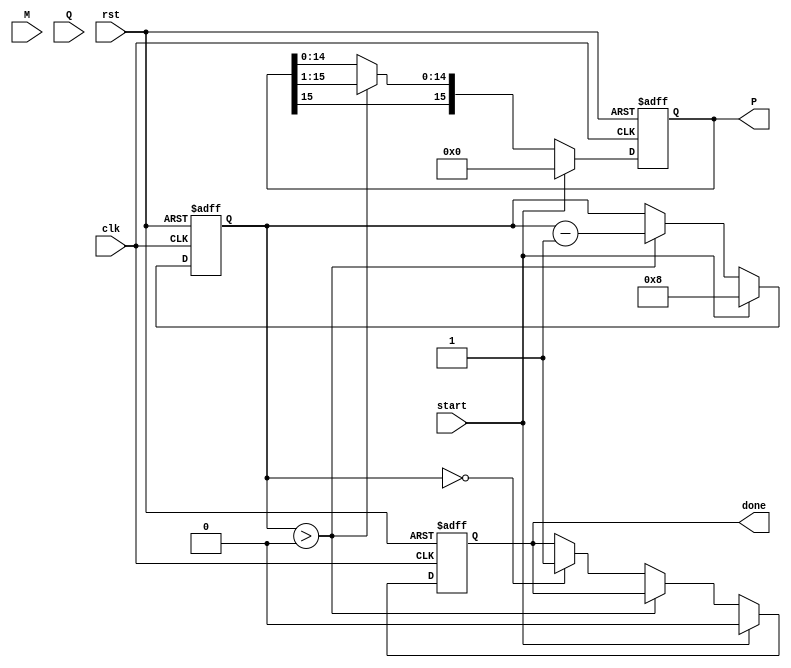
module modified_booth_multiplier #(
    parameter WIDTH = 8 // Width of the multiplicand and multiplier
)(
    input wire clk,
    input wire rst,
    input wire start,
    input wire signed [WIDTH-1:0] M, // Multiplicand
    input wire signed [WIDTH-1:0] Q, // Multiplier
    output reg signed [2*WIDTH-1:0] P, // Product
    output reg done // Indicates multiplication is complete
);

    reg [WIDTH:0] Q_ext; // Extended multiplier
    reg signed [WIDTH:0] M_reg; // Multiplicand register
    reg [3:0] count; // Iteration counter
    reg [2*WIDTH-1:0] P_temp; // Temporary product storage
    reg [1:0] control; // Control signal from Booth encoding

    // States for booth encoding
    localparam NO_OP = 2'b00;
    localparam ADD = 2'b01;
    localparam SUB = 2'b10;

    // State machine to control the multiplication process
    always @(posedge clk or posedge rst) begin
        if (rst) begin
            P <= 0;
            P_temp <= 0;
            count <= 0;
            done <= 0;
        end else if (start) begin
            Q_ext <= {Q[WIDTH-1], Q}; // Extend the multiplier
            M_reg <= M; // Load multiplicand
            P <= 0; // Initialize product
            count <= WIDTH; // Set number of iterations equal to the width of the multiplier
            done <= 0;
        end else if (count > 0) begin
            // Booth encoding logic
            case({Q_ext[0], Q_ext[1]})
                {1'b0, 1'b0}: control <= NO_OP; // 00
                {1'b0, 1'b1}: control <= ADD;   // 01
                {1'b1, 1'b0}: control <= SUB;   // 10
                {1'b1, 1'b1}: control <= NO_OP; // 11
            endcase
            
            // Generate partial products and update product
            case(control)
                ADD: P_temp <= P + {M_reg, {WIDTH{1'b0}}}; // Add M shifted
                SUB: P_temp <= P - {M_reg, {WIDTH{1'b0}}}; // Subtract M shifted
                default: P_temp <= P; // No operation
            endcase
            
            // Update product with the temporary value
            P <= P_temp;

            // Arithmetic right shift
            P <= P >>> 1;

            // Shift Q_ext right
            Q_ext <= {Q_ext[WIDTH-1], Q_ext[WIDTH:1]}; // Shift in sign bit
            
            // Decrement count
            count <= count - 1;
        end else if (count == 0) begin
            done <= 1; // Indicate multiplication is complete
        end
    end
endmodule